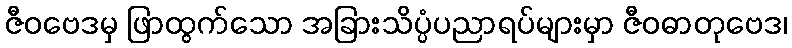
ဇီဝဗေဒမှ ဖြာထွက်သော အခြားသိပ္ပံပညာရပ်များမှာ ဇီဝဓာတုဗေဒ၊